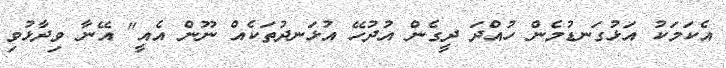
އެކަމަކު އަޅުގަނޑުމެން ހުއްދަ ދީގެން އުދުހޭ އުޅަނދުތަކެއް ނޫން އެއީ" އޭނާ ވިދާޅުވި